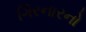
ગિરનારનો